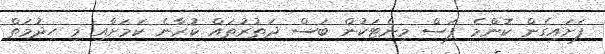
ފަށައިގެން ކޮންމެ ފަސް މިނެޓަކުން ބަސް ދަތުރުތައް ކުރާނެ ކަމަށާއި މި ހިދުމަތް